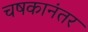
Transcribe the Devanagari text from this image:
चषकानंतर